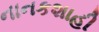
નાનકશાહી